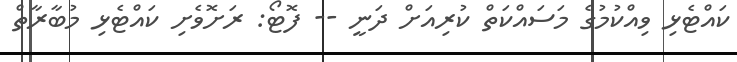
ކައްޓެޅި ވިއްކުމުގެ މަސައްކަތް ކުރިއަށް ދަނީ -- ފޮޓޯ: ރަށޮވެށި ކައްޓެޅި މުބާރާތް